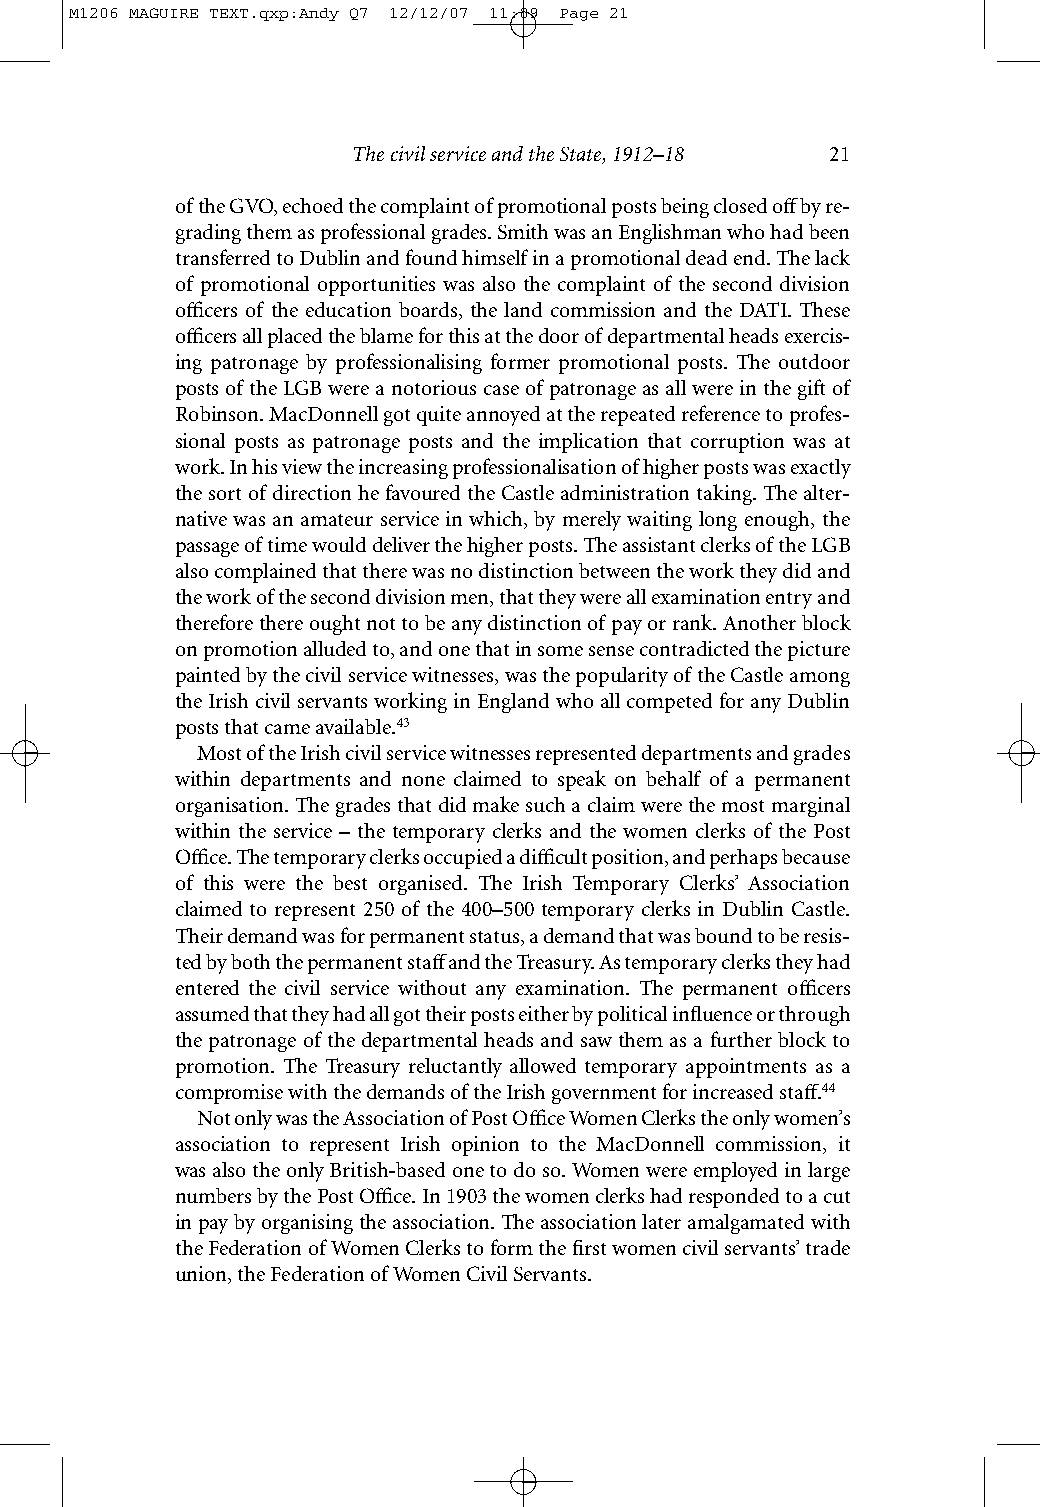
M1206 MAGUIRE TEXT.qxp:Andy Q7 12/12/07 11:09 Page 21
 The civil service and the State, 1912–18 21
 of the GVO, echoed the complaint of promotional posts being closed offby re-
 grading them as professional grades. Smith was an Englishman who had been
 transferred to Dublin and found himself in a promotional dead end. The lack
 of promotional opportunities was also the complaint of the second division
 officers of the education boards, the land commission and the DATI. These
 officers all placed the blame for this at the door of departmental heads exercis-
 ing patronage by professionalising former promotional posts. The outdoor
 posts of the LGB were a notorious case of patronage as all were in the gift of
 Robinson. MacDonnell got quite annoyed at the repeated reference to profes-
 sional posts as patronage posts and the implication that corruption was at
 work. In his view the increasing professionalisation of higher posts was exactly
 the sort of direction he favoured the Castle administration taking. The alter-
 native was an amateur service in which, by merely waiting long enough, the
 passage of time would deliver the higher posts. The assistant clerks of the LGB
 also complained that there was no distinction between the work they did and
 the work of the second division men, that they were all examination entry and
 therefore there ought not to be any distinction of pay or rank. Another block
 on promotion alluded to, and one that in some sense contradicted the picture
 painted by the civil service witnesses, was the popularity of the Castle among
 the Irish civil servants working in England who all competed for any Dublin
 posts that came available.43
 Most of the Irish civil service witnesses represented departments and grades
 within departments and none claimed to speak on behalf of a permanent
 organisation. The grades that did make such a claim were the most marginal
 within the service – the temporary clerks and the women clerks of the Post
 Office. The temporary clerks occupied a difficult position, and perhaps because
 of this were the best organised. The Irish Temporary Clerks’ Association
 claimed to represent 250 of the 400–500 temporary clerks in Dublin Castle.
 Their demand was for permanent status, a demand that was bound to be resis-
 ted by both the permanent staffand the Treasury. As temporary clerks they had
 entered the civil service without any examination. The permanent officers
 assumed that they had all got their posts either by political influence or through
 the patronage of the departmental heads and saw them as a further block to
 promotion. The Treasury reluctantly allowed temporary appointments as a
 compromise with the demands of the Irish government for increased staff.44
 Not only was the Association of Post Office Women Clerks the only women’s
 association to represent Irish opinion to the MacDonnell commission, it
 wasalso the only British-based one to do so. Women were employed in large
 numbers by the Post Office. In 1903 the women clerks had responded to a cut
 in pay by organising the association. The association later amalgamated with
 the Federation of Women Clerks to form the first women civil servants’ trade
 union, the Federation of Women Civil Servants.